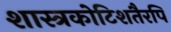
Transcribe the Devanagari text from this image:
शास्त्रकोटिशतैरपि